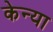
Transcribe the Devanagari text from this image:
केन्‍या